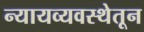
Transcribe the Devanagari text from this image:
न्यायव्यवस्थेतून